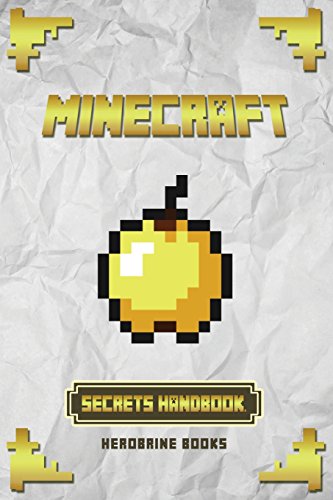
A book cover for Ultimate Minecraft Secrets: An Unofficial Guide to Minecraft Tips, Tricks and Hints You May Not Know; Herobrine Books; Humor & Entertainment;